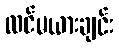
လင်မယားချင်း